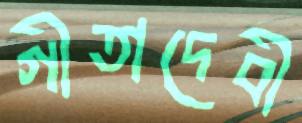
গীতাদেবী